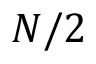
N / 2